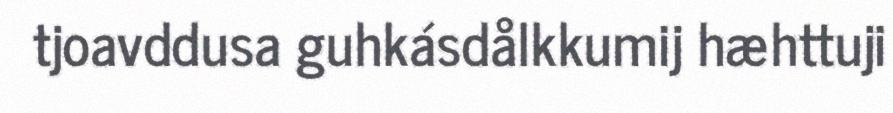
tjoavddusa guhkásdålkkumij hæhttuji